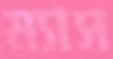
ম্যাস